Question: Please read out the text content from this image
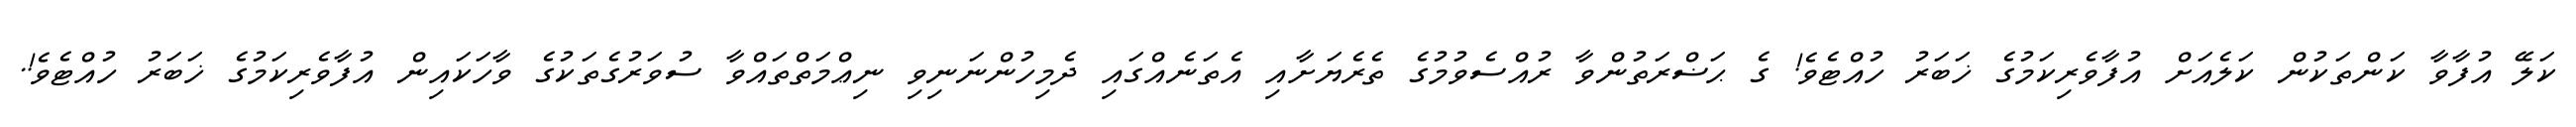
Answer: ކަލޭ އުފާވާ ކަންތަކުން ކަލެއަށް އުފާވެރިކަމުގެ ޚަބަރު ހުއްޓެވެ! ގެ ޙަޟްރަތުންވާ ރުއްސެވުމުގެ ތެރެޔަށާއި އެތަނެއްގައި ދެމިހުންނަނިވި ނިޢްމަތްތައްވާ ސުވަރުގެތަކުގެ ވާހަކައިން އުފާވެރިކަމުގެ ޚަބަރު ހުއްޓެވެ!.